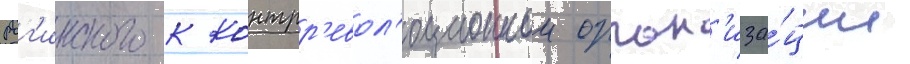
Рог'инского к контрр'евол'юционнои орган'иза́ции